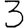
Digit: 3